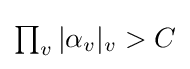
\textstyle \prod _{v}|\alpha _{v}|_{v}>C